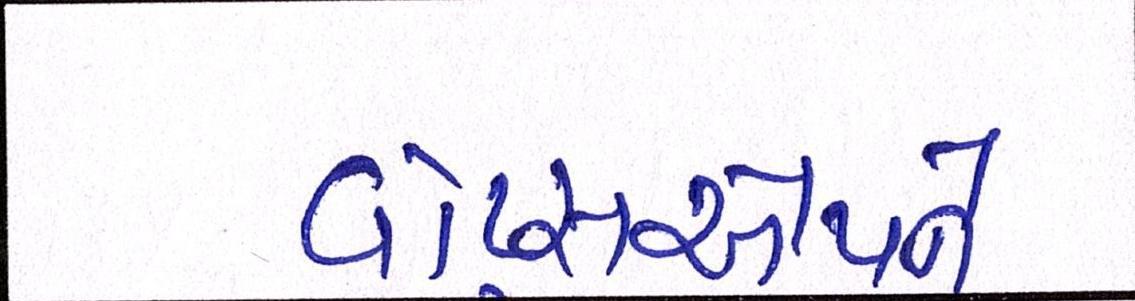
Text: વૉટ્સએપને